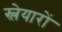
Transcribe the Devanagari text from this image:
स्लेयारों